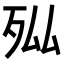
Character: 𭮄